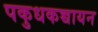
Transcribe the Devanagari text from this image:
पकुधकच्चायन